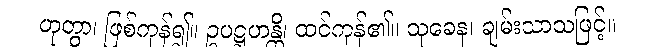
ဟုတွာ၊ ဖြစ်ကုန်၍။ ဥပဋ္ဌဟန္တိ၊ ထင်ကုန်၏။ သုခေန၊ ချမ်းသာသဖြင့်။